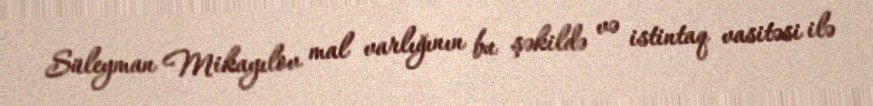
Süleyman Mikayılov mal varlığının bu şəkildə və istintaq vasitəsi ilə